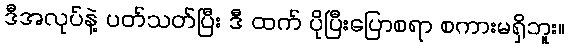
ဒီအလုပ်နဲ့ ပတ်သတ်ပြီး ဒီ ထက် ပိုပြီးပြောစရာ စကားမရှိဘူး။